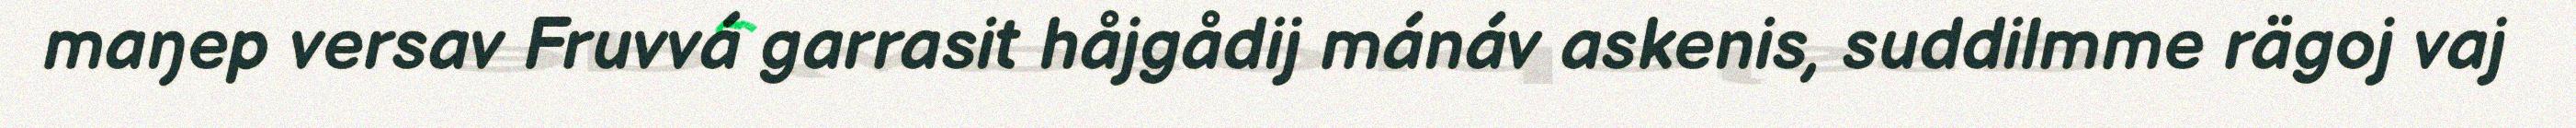
maŋep versav Fruvvá garrasit håjgådij mánáv askenis, suddilmme rägoj vaj